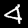
Label: 4